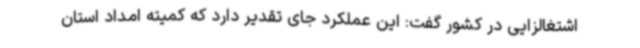
اشتغالزایی در کشور گفت: این عملکرد جای تقدیر دارد که کمیته امداد استان